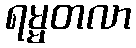
ရမ္မတလာ